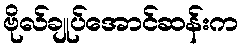
ဗိုလ်ချုပ်အောင်ဆန်းက